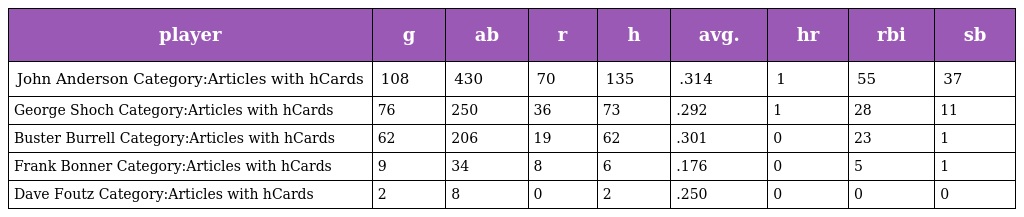
| player | g | ab | r | h | avg. | hr | rbi | sb |
 | --- | --- | --- | --- | --- | --- | --- | --- | --- |
 | John Anderson Category:Articles with hCards | 108 | 430 | 70 | 135 | .314 | 1 | 55 | 37 |
 | George Shoch Category:Articles with hCards | 76 | 250 | 36 | 73 | .292 | 1 | 28 | 11 |
 | Buster Burrell Category:Articles with hCards | 62 | 206 | 19 | 62 | .301 | 0 | 23 | 1 |
 | Frank Bonner Category:Articles with hCards | 9 | 34 | 8 | 6 | .176 | 0 | 5 | 1 |
 | Dave Foutz Category:Articles with hCards | 2 | 8 | 0 | 2 | .250 | 0 | 0 | 0 |